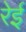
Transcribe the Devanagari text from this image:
रेई